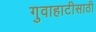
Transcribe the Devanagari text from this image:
गुवाहाटीसाठी